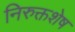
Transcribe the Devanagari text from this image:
निरुक्तशेष